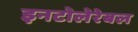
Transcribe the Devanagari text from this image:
इनटोलेरेबल